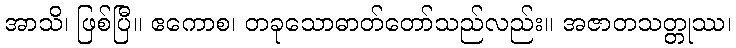
အာသိ၊ ဖြစ်ပြီ။ ဧကောစ၊ တခုသောဓာတ်တော်သည်လည်း။ အဇာတသတ္တုဿ၊